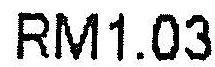
RM1.03